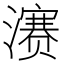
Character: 𪷱